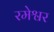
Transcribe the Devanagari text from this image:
रमेश्वर